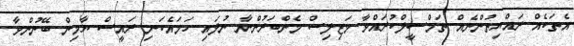
އެތަކެއް ރައްޔިތުންނެއް ތަމްސީލްކުރައްވާ މަޖިލިސް މެންބަރުންނާ ނުލައި ހަމައެކަނި ރައީސް ޔާމިން ބޭނުންވާ